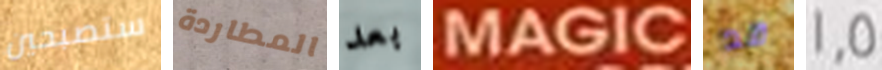
ستصبحين المطاردة بعد MAGIC قد 1.5